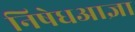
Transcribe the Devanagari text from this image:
निषेधआज्ञा